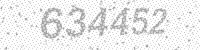
Solution: 634452